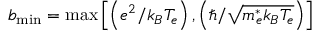
b _ { \operatorname* { m i n } } = \operatorname* { m a x } \left[ \left( e ^ { 2 } / k _ { B } { T _ { e } } \right) , \left( \hbar / \sqrt { m _ { e } ^ { * } { k _ { B } } T _ { e } } \right) \right]